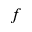
f